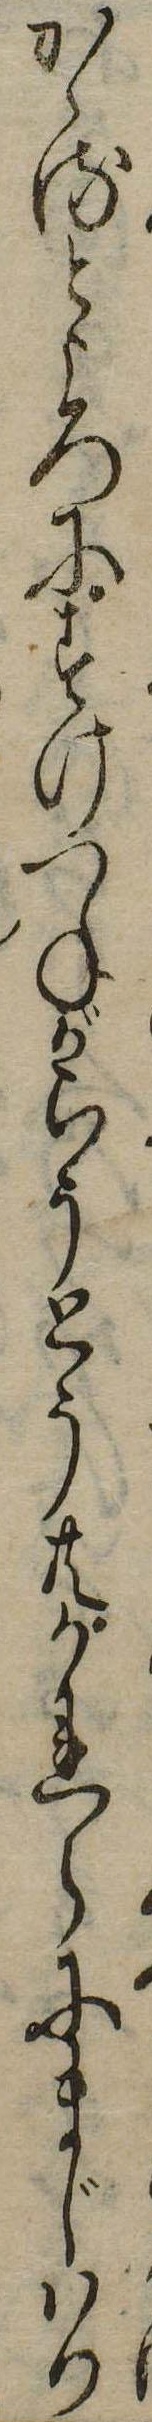
かゝるところにすけつねがらうとう共かれらにまじはり